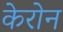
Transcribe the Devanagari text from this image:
केरोन